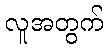
လူအတွက်